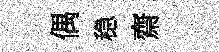
偶稳齋